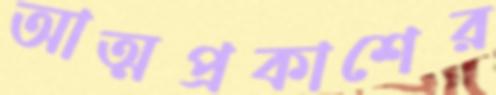
আত্মপ্রকাশের